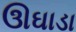
ઊઘાડા